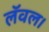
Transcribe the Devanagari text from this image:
लॅवल।